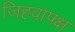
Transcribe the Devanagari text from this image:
जिह्वापक्ष